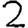
Digit: 2